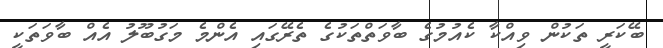
ބޭކަރީ ތަކުން ވިއްކާ ކެއުމުގެ ބާވަތްތަކުގެ ތެރޭގައި އެންމެ މަގުބޫލު އެއް ބާވަތަކީ